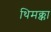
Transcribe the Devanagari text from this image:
थिमक्का